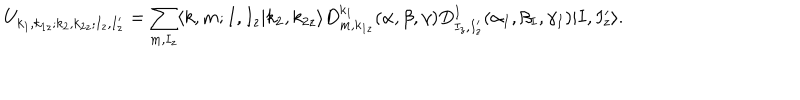
U _ { k _ { 1 } , k _ { 1 z } ; k _ { 2 } , k _ { 2 z } ; I _ { z } , I _ { z } ^ { \prime } } = \sum _ { m , I _ { z } } \langle k , m ; I , I _ { z } | k _ { 2 } , k _ { 2 z } \rangle D _ { m , k _ { 1 z } } ^ { k _ { 1 } } ( \alpha , \beta , \gamma ) D _ { I _ { z } , I _ { z } ^ { \prime } } ^ { I } ( \alpha _ { I } , \beta _ { I } , \gamma _ { I } ) | I , I _ { z } ^ { \prime } \rangle .